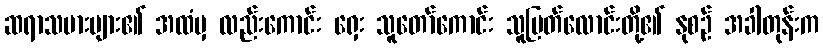
ဆရာသမားများ၏ အထံမှ လည်းကောင်း ရှေး သူတော်ကောင်း သူမြတ်လောင်းတို့၏ နုစဉ် အခါတုန်းက